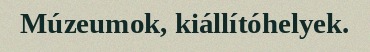
Múzeumok, kiállítóhelyek.